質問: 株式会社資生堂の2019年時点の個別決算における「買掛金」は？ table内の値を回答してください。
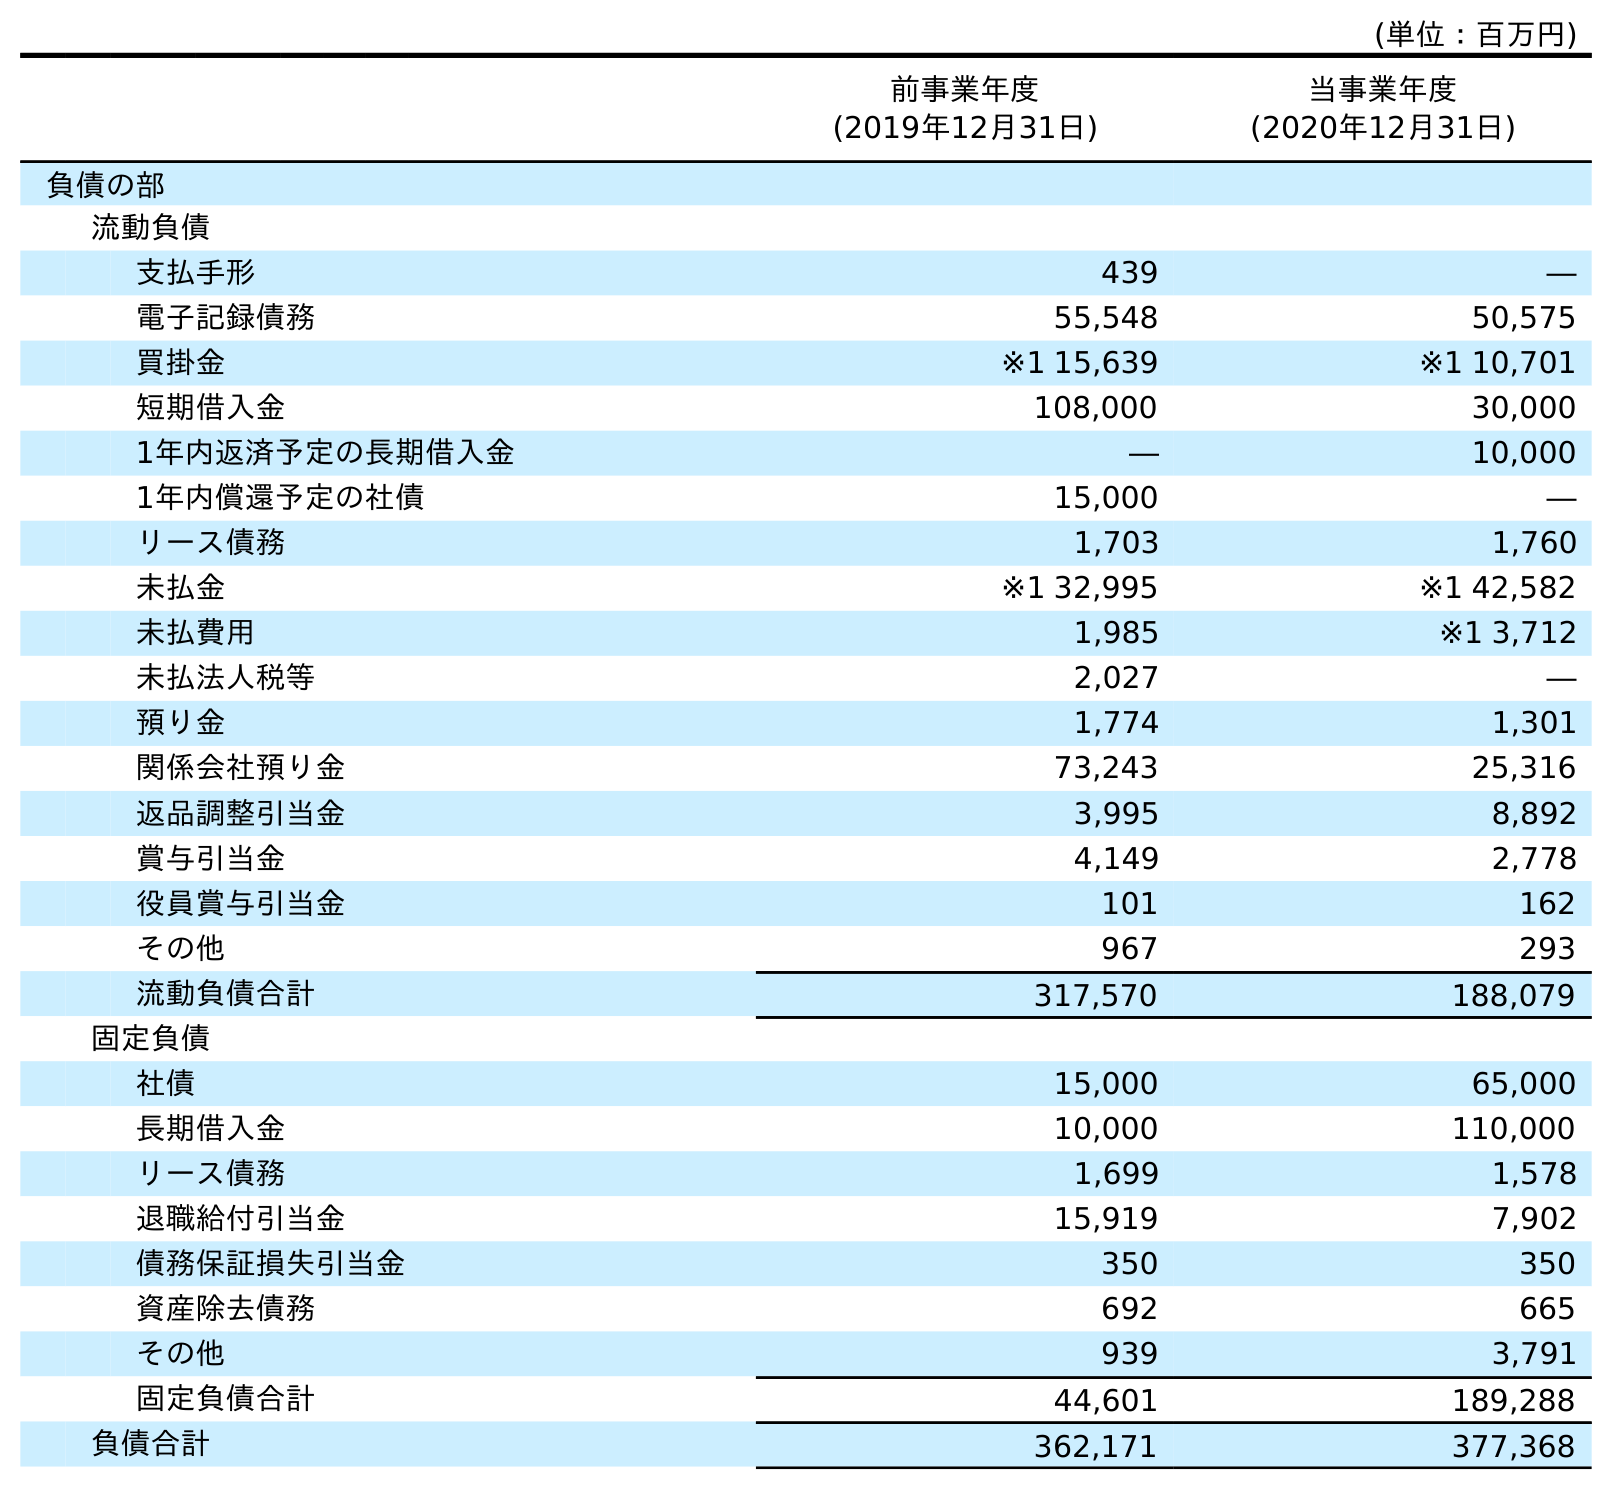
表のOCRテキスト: (単位：百万円) 前事業年度 (2019年12月31日) 当事業年度 (2020年12月31日) 負債の部 流動負債 支払手形 439 ― 電子記録債務 55,548 50,575 買掛金 ※1 15,639 ※1 10,701 短期借入金 108,000 30,000 1年内返済予定の長期借入金 ― 10,000 1年内償還予定の社債 15,000 ― リース債務 1,703 1,760 未払金 ※1 32,995 ※1 42,582 未払費用 1,985 ※1 3,712 未払法人税等 2,027 ― 預り金 1,774 1,301 関係会社預り金 73,243 25,316 返品調整引当金 3,995 8,892 賞与引当金 4,149 2,778 役員賞与引当金 101 162 その他 967 293 流動負債合計 317,570 188,079 固定負債 社債 15,000 65,000 長期借入金 10,000 110,000 リース債務 1,699 1,578 退職給付引当金 15,919 7,902 債務保証損失引当金 350 350 資産除去債務 692 665 その他 939 3,791 固定負債合計 44,601 189,288 負債合計 362,171 377,368
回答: ※115,639